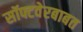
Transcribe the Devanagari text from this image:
सॉफ्टवेरबाबत